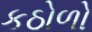
કઠોળો